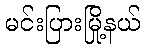
မင်းပြားမြို့နယ်